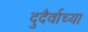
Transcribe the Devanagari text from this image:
दुदैर्वाच्या